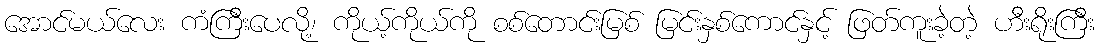
အောင်မယ်လေး ကံကြီးပေလို့၊ ကိုယ့်ကိုယ်ကို စစ်တောင်းမြစ် မြင်းနှစ်ကောင်နှင့် ဖြတ်ကူးခဲ့တဲ့ ဟီးရိုးကြီး